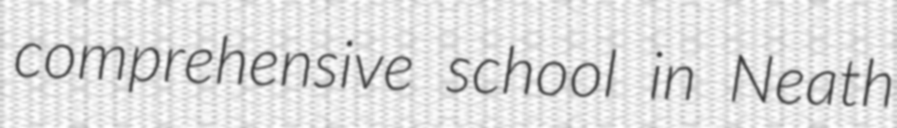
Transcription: comprehensive school in Neath